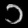
Digit: ၁